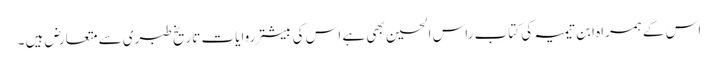
اس کے ہمراہ ابن تیمیہ کی کتاب راس الحسین بھی ہے اس کی بیشتر روایات تاریخ طبری سے متعارض ہیں ۔